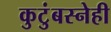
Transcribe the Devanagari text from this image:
कुटुंबस्नेही